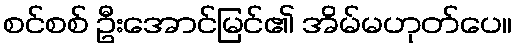
စင်စစ် ဦးအောင်မြင်၏ အိမ်မဟုတ်ပေ။